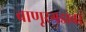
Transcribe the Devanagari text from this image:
बाणूरगडावर